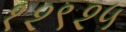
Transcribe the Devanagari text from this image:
१२९२५